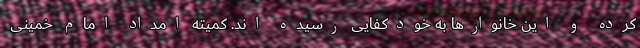
کرده و این خانوارها به خودکفایی رسیده اند. کمیته امداد امام خمینی